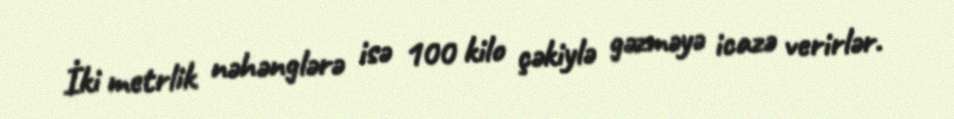
İki metrlik nəhənglərə isə 100 kilo çəkiylə gəzməyə icazə verirlər.